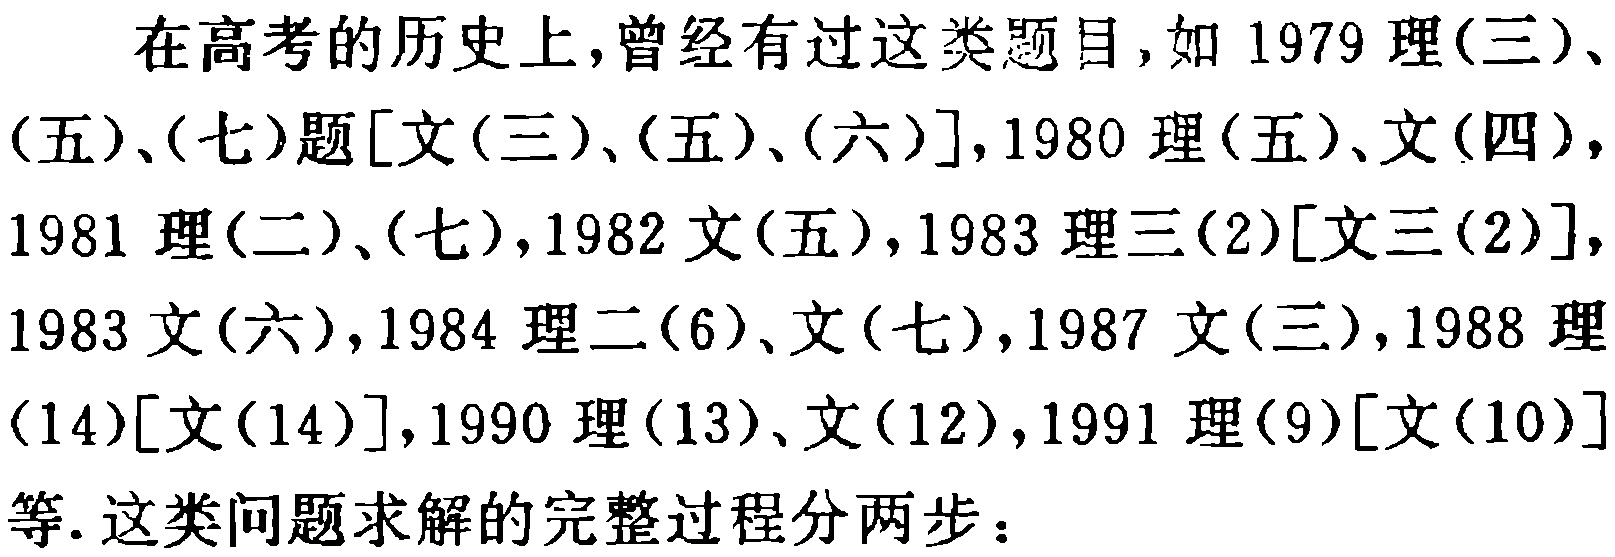
在高考的历史上,曾经有过这类题目,如 1979 理(三)、(五)、(七)题[文(三)、(五)、(六)],1980 理(五)、文(四),1981 理(二)、(七),1982 文(五),1983 理三(2)[文三(2)],1983 文(六),1984 理二(6)、文(七),1987 文(三),1988 理(14)[文(14)],1990 理(13)、文(12),1991 理(9)[文(10)]等. 这类问题求解的完整过程分两步：